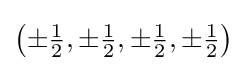
{\bigl (}{\pm {\tfrac {1}{2}}},\pm {\tfrac {1}{2}},\pm {\tfrac {1}{2}},\pm {\tfrac {1}{2}}{\bigr )}